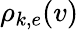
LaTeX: \rho_{k,e}(v)